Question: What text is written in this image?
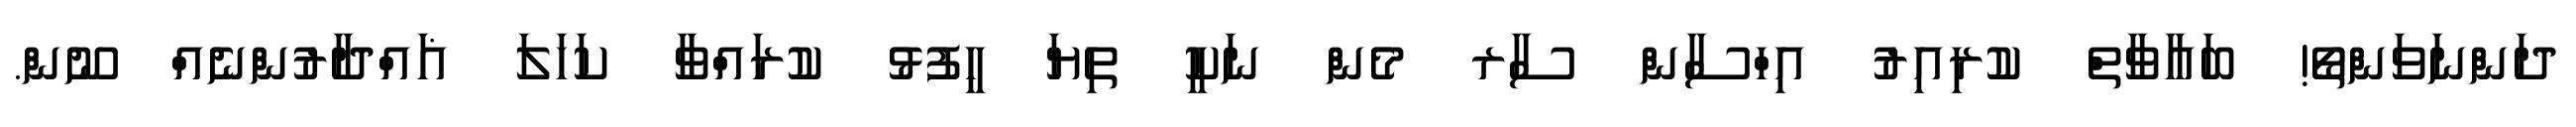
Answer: ދަންނަވަންތޯ! ބަޣާވާތް ކުރިއިރު އިހްސާން ސާރ މެން ނަކީ ތިޔަ ހީފުޅު ކުރައްވާ ކަހަލަ ޣައްދާރުންނެއް ނޫން.